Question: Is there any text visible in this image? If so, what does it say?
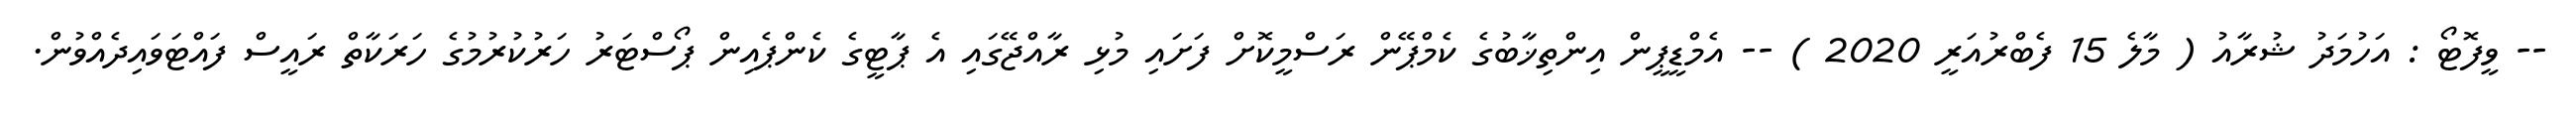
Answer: -- ވީފޮޓޯ : އަހުމަދު ޝުރާއު ( މާލެ 15 ފެބްރުއަރީ 2020 ) -- އެމްޑީޕީން އިންތިޚާބުގެ ކެމްޕޭން ރަސްމީކޮށް ފަށައި މުޅި ރާއްޖޭގައި އެ ޕާޓީގެ ކެންޕެއިން ޕޯސްޓަރު ހަރުކުރުމުގެ ހަރަކާތް ރައީސް ފައްޓަވައިދެއްވުން.